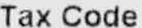
TAX CODE